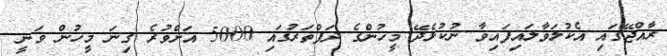
ރާއްޖޭގައި އެކުލަވާލައިފައިވާ ނުކުޅެދޭ މީހުންގެ ދަފްތަރުގައި 5000 އަށްވުރެ ގިނަ މީހުން ވަނީ